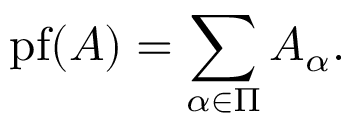
\operatorname { p f } ( A ) = \sum _ { \alpha \in \Pi } A _ { \alpha } .